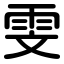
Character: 雯